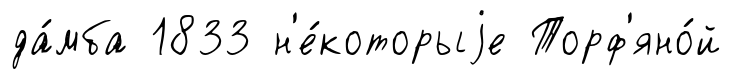
да́мба 1833 н'е́которыjе Торф'яно́й